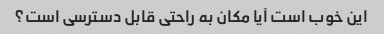
این خوب است آیا مکان به راحتی قابل دسترسی است؟